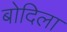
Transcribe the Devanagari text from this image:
बोदिला